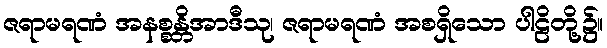
ဇရာမရဏံ အနစ္စန္တိအာဒီသု၊ ဇရာမရဏံ အစရှိသော ပါဠိတို့၌။